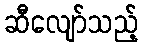
ဆီလျော်သည့်